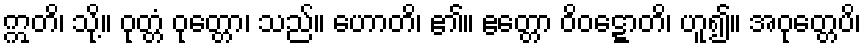
ဣတိ၊ သို့။ ဝုတ္တံ ဝုတ္တော၊ သည်။ ဟောတိ၊ ၏။ ဧတ္တော ဝိဝဋ္ဋောတိ၊ ဟူ၍။ အဝုတ္တေပိ၊